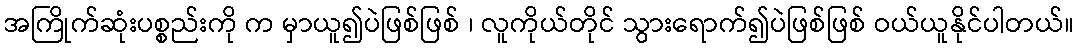
အကြိုက်ဆုံးပစ္စည်းကို က မှာယူ၍ပဲဖြစ်ဖြစ် ၊ လူကိုယ်တိုင် သွားရောက်၍ပဲဖြစ်ဖြစ် ဝယ်ယူနိုင်ပါတယ်။